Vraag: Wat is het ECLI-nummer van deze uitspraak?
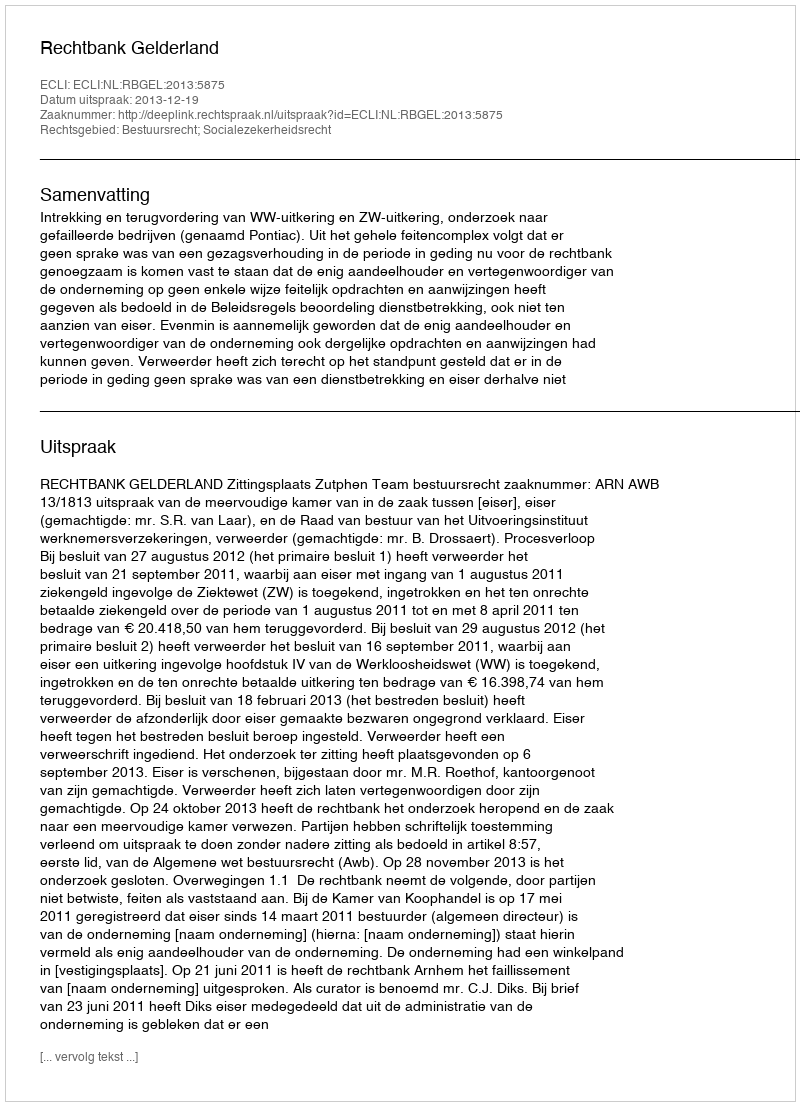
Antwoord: ECLI:NL:RBGEL:2013:5875